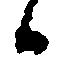
候